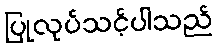
ပြုလုပ်သင့်ပါသည်